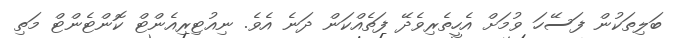
ބަލިތަކުން ފަސޭހަ ވުމަށް އެހީތެރިވެދޭ ފަތެއްކަން ދަނެ އެވެ. ނިއުޓިރިއެންޓް ކޮންޓެންޓް މަތި